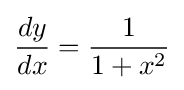
{dy \over dx}={\frac {1}{1+x^{2}}}